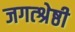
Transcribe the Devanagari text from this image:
जगत्श्रेष्ठी